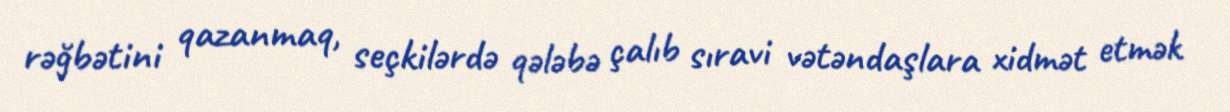
rəğbətini qazanmaq, seçkilərdə qələbə çalıb sıravi vətəndaşlara xidmət etmək